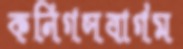
কনিগসবার্গম